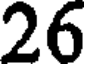
26